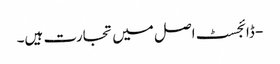
- ڈائجسٹ اصل میں تجارت ہیں۔